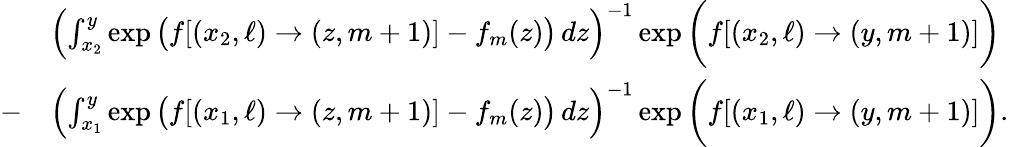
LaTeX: \begin{array}{rl}&{\left(\int_{x_{2}}^{y}\exp\big(f[(x_{2},\ell)\to(z,m+1)]-f_{m}(z)\big)\, dz\right)^{-1}\exp\bigg(f[(x_{2},\ell)\to(y,m+1)]\bigg)}\\ {-}&{\left(\int_{x_{1}}^{y}\exp\big(f[(x_{1},\ell)\to(z,m+1)]-f_{m}(z)\big)\, dz\right)^{-1}\exp\bigg(f[(x_{1},\ell)\to(y,m+1)]\bigg).}\end{array}